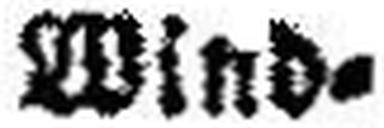
Wind=